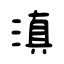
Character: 滇